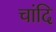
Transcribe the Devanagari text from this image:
चांदि